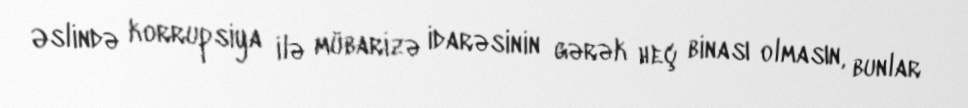
Əslində korrupsiya ilə mübarizə idarəsinin gərək heç binası olmasın, bunlar